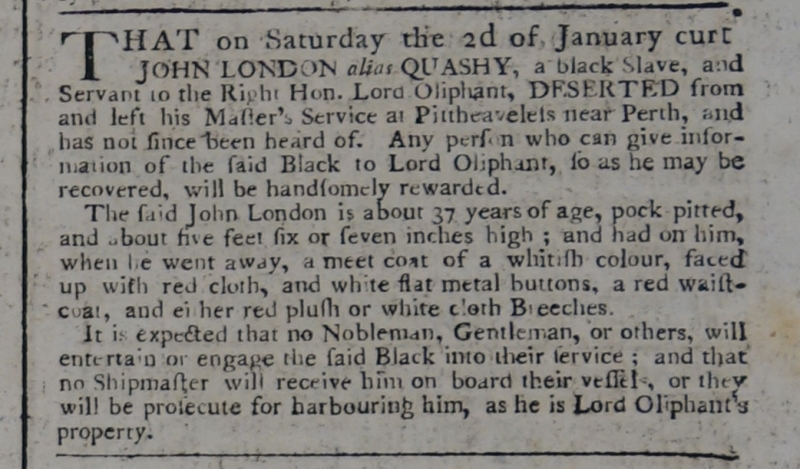
Edinburgh Evening Courant, 6 January 1773 (Scotland)
THAT on Saturday the 2d of January curt JOHN LONDON alias QUASHY, a black Slave, and Servant to the Right Hon. Lord Oliphant, DESERTED from and left his Master’s Service at Pittheaveless near Perth, and has not since been heard of. Any person who can give information of the said Black to Lord Oliphant, so as he may be recovered, will be handsomely rewarded.  The said John London is about 37 years of age, pock pitted, and about five feet six or seven inches high; and had on him, when he went away, a meet coat of a whitish colour, faced up with red cloth, and white flat metal buttons, a red waistcoat, and either red plush or white cloth Breeches.  It is expected that no Nobleman, Gentleman, or others, will entertain or engage the said Black into their service; and that no Shipmaster will receive him on board their vessels, or they will be prosecute for harbouring him, as he is Lord Oliphant’s property.